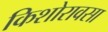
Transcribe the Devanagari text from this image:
किशोरावसा